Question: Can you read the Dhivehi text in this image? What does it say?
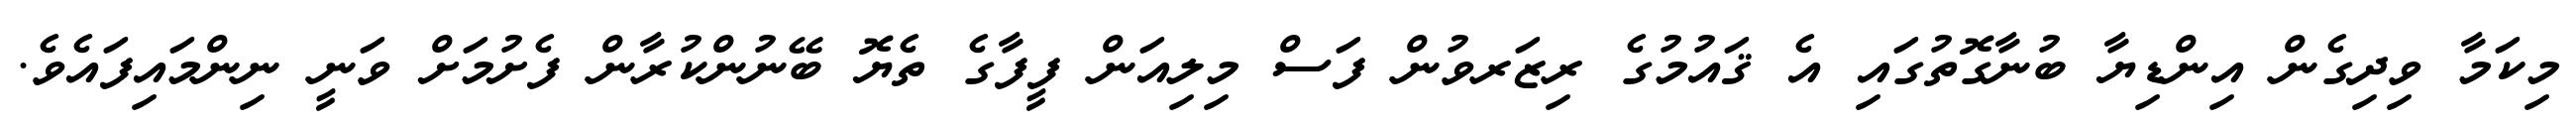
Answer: މިކަމާ ވިދިގެން އިންޑިޔާ ބުނާގޮތުގައި އެ ޤައުމުގެ ރިޒަރވުން ފަސް މިލިއަން ފީފާގެ ތެޔޮ ބޭނުންކުރާން ފެށުމަށް ވަނީ ނިންމައިފައެވެ.